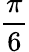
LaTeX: \frac{\pi}{6}